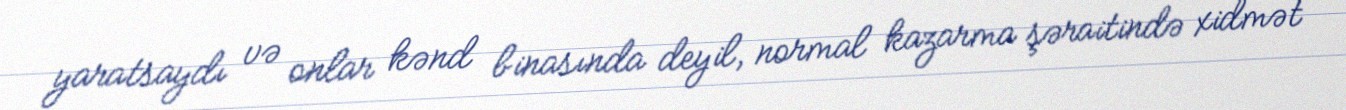
yaratsaydı və onlar kənd binasında deyil, normal kazarma şəraitində xidmət